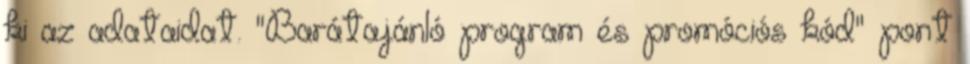
ki az adataidat. "Barátajánló program és promóciós kód" pont